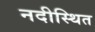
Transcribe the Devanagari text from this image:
नदीस्थित